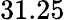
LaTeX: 31.25